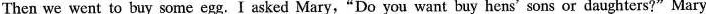
Then we went to buy some egg.I asked Mary,"Do you want buy hens' sons or daughters?" Mary